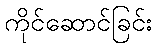
ကိုင်ဆောင်ခြင်း